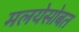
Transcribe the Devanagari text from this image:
मलयेसोबत